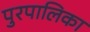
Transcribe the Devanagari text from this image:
पुरपालिका